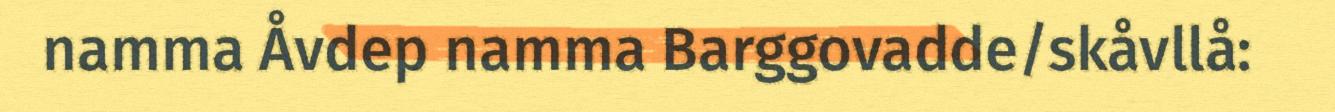
namma Åvdep namma Barggovadde/skåvllå: